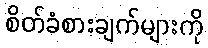
စိတ်ခံစားချက်များကို